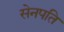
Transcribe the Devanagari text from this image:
सेनपति